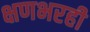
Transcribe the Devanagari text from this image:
क्षणभरही